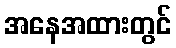
အနေအထားတွင်